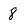
Character: 8